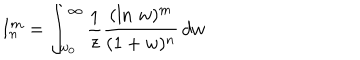
I _ { n } ^ { m } = \int _ { w _ { 0 } } ^ { \infty } \frac { 1 } { z } \frac { ( \ln \, w ) ^ { m } } { ( 1 + w ) ^ { n } } \, d w